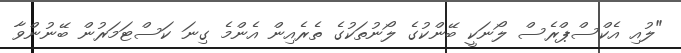
"ލުއި އެކްސްޕްރެސް ލޯނަކީ ބޭންކުގެ ލޯނުތަކުގެ ތެރެއިން އެންމެ ގިނަ ކަސްޓަމަރުން ބޭނުންވާ